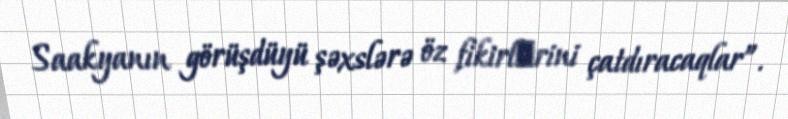
Saakyanın görüşdüyü şəxslərə öz fikirlәrini çatdıracaqlar”.